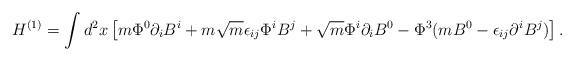
LaTeX: \begin{align*}H^{(1)} = \int d^2x \left[ m \Phi^0 \partial_i B^i + m \sqrt{m} \epsilon_{ij} \Phi^i B^j + \sqrt{m} \Phi^i \partial_i B^0 - \Phi^3 ( m B^0 - \epsilon_{ij} \partial^i B^j ) \right].\end{align*}